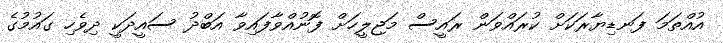
އުއްތަމަ ފަނޑިޔާރަކަށް ކުރައްވަން ރައީސް މަޖިލީހަށް ފޮނުއްވާފައިވާ އަބްދު ސައީދަކީ ދިވެހި ގައުމުގެ